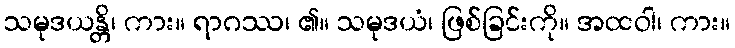
သမုဒယန္တိ၊ ကား။ ရာဂဿ၊ ၏။ သမုဒယံ၊ ဖြစ်ခြင်းကို။ အထဝါ၊ ကား။